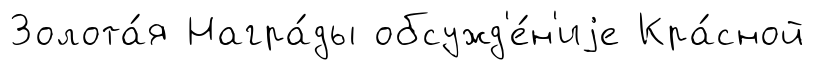
Золота́я Награ́ды обсужд'е́н'иjе Кра́сной